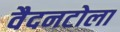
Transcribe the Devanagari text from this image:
वैदनटोला